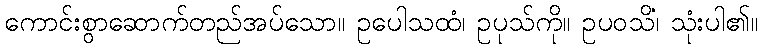
ကောင်းစွာဆောက်တည်အပ်သော။ ဥပေါသထံ၊ ဥပုသ်ကို။ ဥပဝသိံ၊ သုံးပါ၏။